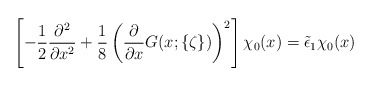
\begin{align*}\left[ - \frac12 \frac{\partial^2}{\partial x^2} + \frac18 \left(\frac{\partial}{\partial x} G(x;\{\zeta\})\right)^2 \right]\chi_0(x)= \tilde{\epsilon}_1 \chi_0(x)\end{align*}